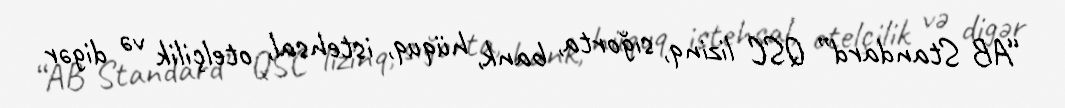
“AB Standard” QSC lizinq, sığorta, bank, hüquq, istehsal, otelçilik və digər